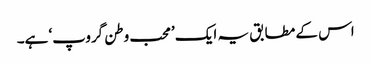
اس کے مطابق یہ ایک ’محب وطن گروپ‘ ہے۔